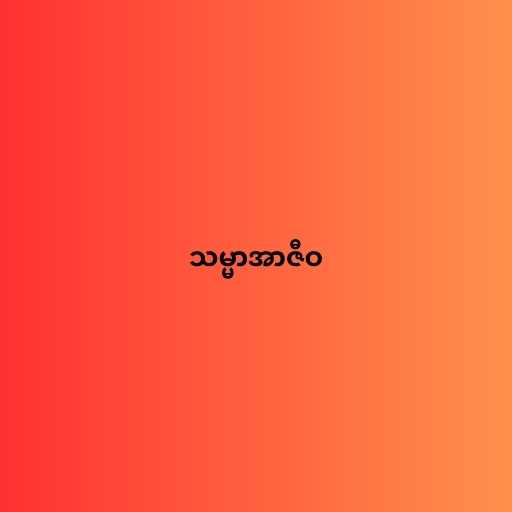
သမ္မာအာဇီဝ